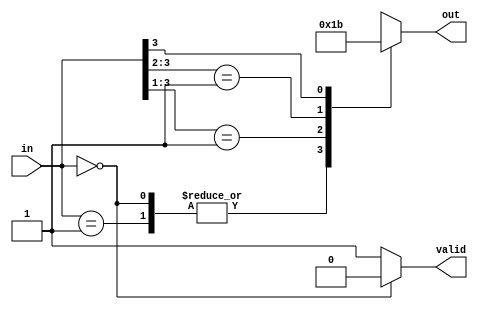
module pencoder (out,in,valid);
  input [3:0] in;
  output valid;
  output reg [1:0] out;
  assign valid = (in == 4'b0000)? 0:1;
  always @ (in)
  begin
       casex (in)
        4'b 0000, 4'b 0001 : out = 2'b00;
        4'b 001x : out = 2'b01;
        4'b 01xx : out = 2'b10;
        4'b 1xxx : out = 2'b11;
      endcase
  end
endmodule